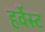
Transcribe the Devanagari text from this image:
हर्वेस्ट